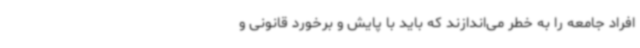
افراد جامعه را به خطر می‌اندازند که باید با پایش و برخورد قانونی و